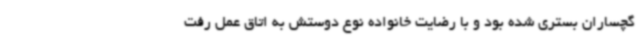
گچساران بستری شده بود و با رضایت خانواده نوع دوستش به ‌اتاق عمل رفت